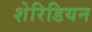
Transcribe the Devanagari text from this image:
शेरिडियन